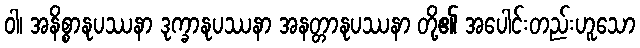
ဝါ၊ အနိစ္စာနုပဿနာ ဒုက္ခာနုပဿနာ အနတ္တာနုပဿနာ တို့၏ အပေါင်းတည်းဟူသော